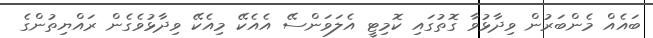
ބައެއް މެންބަރުން ވިދާޅުވާ ގޮތުގައި ކޮމިޓީ އެލަވަންސޭ އެއެކޭ މިއެކޭ ވިދާޅުވެގެން ރައްޔިތުންގެ